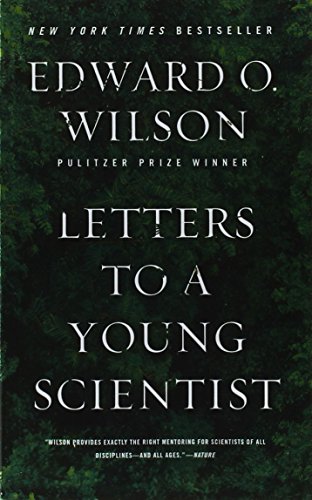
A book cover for Letters to a Young Scientist; Edward O. Wilson; Science & Math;